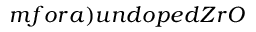
m f o r a ) u n d o p e d Z r O